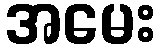
အမေး